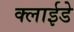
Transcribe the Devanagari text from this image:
क्लाईडे